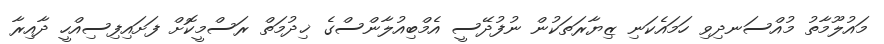
މައުލޫމާތު މުއްސަނދިވި ހަމައެކަނި ޒިޔާރަތަކުން ނުފުދޭސީ އެމްބިއުލާންސްގެ ޚިދުމަތް ރަސްމީކޮށް ފަށައިފިސިއްހީ ދާއިރާ